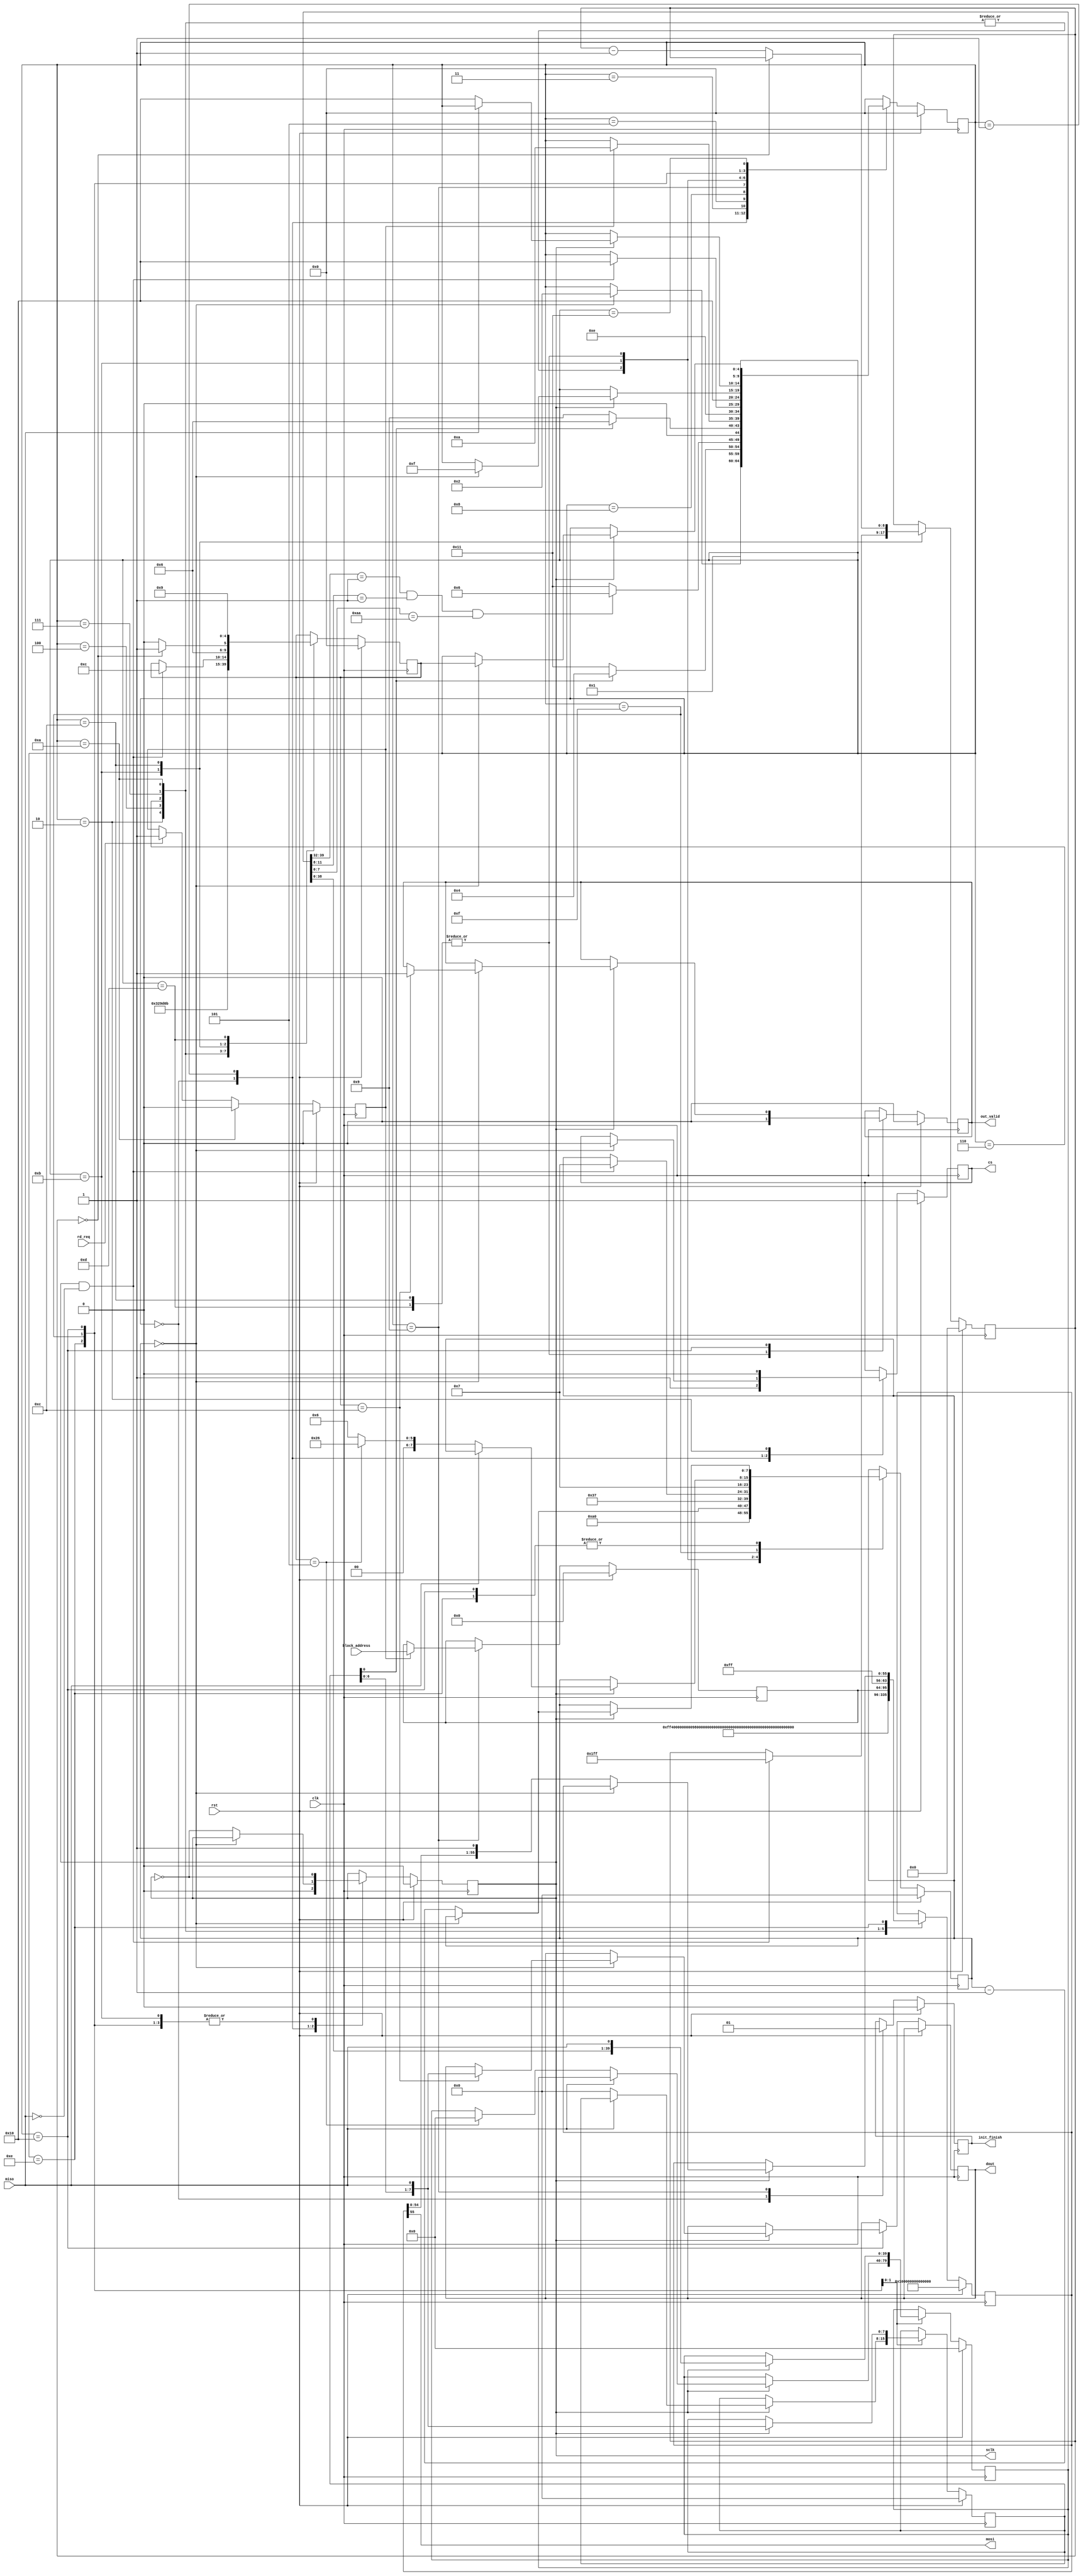
/**
 * SD card host controller.
 *   a. This SD card controller only reads data from the SD card.
 *   b. An SD card is composed of many blocks. Each block is of 512 bytes.
 *   c. Once we trigger the reading of a block by setting 'rd_req' to '1' and 'block_address'
 *      to the block number to read, the output port 'dout' will return one byte of data from
 *      the block per clock cycle whenever the flag 'out_valid' is '1'.
 * Copyright Notice: This code was written by the TAs of this course.
 */

module sd_card(
		// SPI signals
		output cs,
		output sclk,
		output mosi,
		input miso,
		// SD card controller signals
		input clk,
		input rst,
		input rd_req,               // Read request, value '1' triggers the reading of a block.
		input [31:0] block_address, // The block number of the SD card to read.
		output reg init_finish,     // If the SD card initialization is finished.
		output reg [7:0] dout,      // Output one byte of data in the block.
		output reg out_valid        // The output byte in "dout" is ready.
	);

// FSM states
parameter RST                   = 5'd00;
parameter CARD_INIT_START       = 5'd01;
parameter SET_CMD0              = 5'd02;
parameter CHECK_CMD0_RESPONSE   = 5'd03;
parameter SET_CMD8              = 5'd04;
parameter CHECK_CMD8_RESPONSE   = 5'd05;
parameter SET_CMD55             = 5'd06;
parameter SET_ACMD41            = 5'd07;
parameter POLL_ACMD41           = 5'd08;
parameter CARD_READY            = 5'd09;
parameter SET_READ_CMD          = 5'd10;
parameter WAIT_READ_START       = 5'd11;
parameter READ_BLOCK            = 5'd12;
parameter READ_CRC              = 5'd13;
parameter SEND_COMMAND          = 5'd14;
parameter RECEIVE_RESPONSE_WAIT = 5'd15;
parameter RECEIVE_BYTE          = 5'd16;
parameter RESPONSE_ERROR        = 5'd17;

reg [4:0] c_state;
reg [4:0] return_state;
reg cs_reg, sclk_reg;
reg [7:0] bit_counter;
reg [8:0] byte_counter;
reg rd_req_reg;
reg [31:0] block_address_reg;
reg [55:0] cmd_out;
reg [7:0] recv_data;
reg [39:0] R7_response;

assign cs = cs_reg;
assign sclk = sclk_reg;
assign mosi = cmd_out[55];

always @(posedge clk) begin
	if(rst) begin
		c_state <= RST;
		return_state <= RST;
		cs_reg <= 1'd1;
		sclk_reg <= 1'd0;
		out_valid <= 1'd0;
		init_finish <= 1'd0;
		cmd_out <= 56'hFFFFFFFFFFFFFF;
		bit_counter <= 8'd0;
		byte_counter <= 9'd0;
		recv_data <= 8'd0;
		R7_response <= 40'd0;
		block_address_reg <= 32'd0;
	end
	else begin
		case(c_state)
			RST:
				begin
					c_state <= CARD_INIT_START;
					return_state <= return_state;
					bit_counter <= 8'd160;
					init_finish <= 1'd0;
					cs_reg <= 1'd1;
					sclk_reg <= 1'd0;
				end
			CARD_INIT_START: // Wait 80 cycles.
				begin
					if (bit_counter == 0) begin
						c_state <= SET_CMD0;
						cs_reg <= 1'd0;
					end
					else begin
						bit_counter <= bit_counter - 8'd1;
						sclk_reg <= ~sclk_reg;
					end
				end
			SET_CMD0:
				begin
					c_state <= SEND_COMMAND;
					return_state <= CHECK_CMD0_RESPONSE;
					cmd_out <= 56'hFF400000000095;
					bit_counter <= 8'd55;
					cs_reg <= 1'd0;
				end
			CHECK_CMD0_RESPONSE:
				begin
					if (recv_data[0] == 1) // Idle bit = 1, this means the SD card is in SPI mode.
						c_state <= SET_CMD8;
					else
						c_state <= RESPONSE_ERROR;
				end
			SET_CMD8:
				begin
					c_state <= SEND_COMMAND;
					return_state <= CHECK_CMD8_RESPONSE;
					
					cmd_out <= {8'hFF,     2'b01, 6'b001000, 20'h00000, 4'b0001,         8'hAA,          8'h87};
					//         (     , start bit,   cmd idx,          ,     VHS, check pattern, crc7 + end bit)
					bit_counter <= 8'd55;
				end
			CHECK_CMD8_RESPONSE:
				begin
					if ((R7_response[39:32] == 8'h01) && (R7_response[11:8] == 4'b0001) && (R7_response[7:0] == 8'hAA))
						c_state <= SET_CMD55;
					else
						c_state <= RESPONSE_ERROR;
				end
			SET_CMD55:
				begin
					c_state <= SEND_COMMAND;
					return_state <= SET_ACMD41;
					cmd_out <= 56'hFF770000000001;
					bit_counter <= 8'd55;
				end
			SET_ACMD41:
				begin
					c_state <= SEND_COMMAND;
					return_state <= POLL_ACMD41;
					// If the type of the SD card is SDHC, HCS bit must set to 1.
					cmd_out <= 56'hFF694000000001;
					bit_counter <= 8'd55;
				end
			POLL_ACMD41:
				begin
					if (recv_data[0] == 0) // Idle bit = 0 means SD card is ready to work.
						c_state <= CARD_READY;
					else
						c_state <= SET_CMD55;
				end
			CARD_READY:
				begin
					init_finish <= 1'd1;
					if (rd_req_reg == 1) begin
						c_state <= SET_READ_CMD;
						block_address_reg <= block_address;
					end
				end
			SET_READ_CMD:
				begin
					c_state <= SEND_COMMAND;
					return_state <= WAIT_READ_START;
					bit_counter <= 8'd55;
					cmd_out <= {8'hFF, 8'h51, block_address_reg, 8'hFF};
				end
			WAIT_READ_START:
				begin
					sclk_reg <= ~sclk_reg;
					if (sclk_reg == 1 && miso == 0) begin
						// Start to receive the first byte of block.
						c_state <= RECEIVE_BYTE;
						return_state <= READ_BLOCK;
						byte_counter <= 9'd511;
						bit_counter <= 8'd7;
					end
				end
			READ_BLOCK:
				begin
					out_valid <= 1'd0;
					if (byte_counter == 0) begin
						c_state <= RECEIVE_BYTE;
						return_state <= READ_CRC;
						bit_counter <= 8'd7;
					end
					else begin
						c_state <= RECEIVE_BYTE;
						return_state <= READ_BLOCK;
						byte_counter <= byte_counter - 8'd1;
						bit_counter <= 8'd7;
					end
				end
			READ_CRC:
				begin
					c_state <= RECEIVE_BYTE;
					return_state <= CARD_READY;
					out_valid <= 1'd0;
					bit_counter <= 8'd7;
				end
			SEND_COMMAND:
				begin
					sclk_reg <= ~sclk_reg;
					if (sclk_reg == 1) begin
						if (bit_counter == 0)
							c_state <= RECEIVE_RESPONSE_WAIT;
						else begin
							bit_counter <= bit_counter - 8'd1;
							cmd_out <= {cmd_out[54:0], 1'd1};
						end
					end
				end
			RECEIVE_RESPONSE_WAIT:
				begin
					sclk_reg <= ~sclk_reg;
					// Response start bit always = 0.
					if (sclk_reg == 1) begin
						if (miso == 0) begin
							recv_data <= 8'd0;
							c_state <= RECEIVE_BYTE;
							// Already read first bit.
							if (return_state == CHECK_CMD8_RESPONSE) begin
								bit_counter <= 8'd38;
								R7_response <= 40'd0;
							end
							else
								bit_counter <= 8'd6;
						end
					end
				end
			RECEIVE_BYTE:
				begin
					sclk_reg <= ~sclk_reg;
					if (sclk_reg == 1) begin
						recv_data <= {recv_data[6:0], miso};
						R7_response <= {R7_response[38:0], miso};
						if (bit_counter == 0) begin
							c_state <= return_state;
							// Read SD card block data.
							if (return_state == READ_BLOCK) begin
								dout <= {recv_data[6:0], miso};
								out_valid <= 1;
							end
						end
						else
							bit_counter <= bit_counter - 8'd1;
					end
				end
			RESPONSE_ERROR:
				begin
					c_state <= c_state;
					return_state <= return_state;
				end
			default:
				begin
					c_state <= RST;
					return_state <= return_state;
				end
		endcase
	end
end

always @(posedge clk) begin
	if (rst)
		rd_req_reg <= 0;
	else if (c_state == SET_READ_CMD)
		rd_req_reg <= 1'd0;
	else if (rd_req == 1'd1)
		rd_req_reg <= 1'd1;
end

endmodule